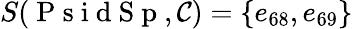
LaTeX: S(\mathrm{~P~s~i~d~S~p~},\mathcal{C})=\{ e_{68},e_{69}\}